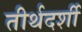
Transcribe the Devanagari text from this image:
तीर्थदर्शी